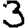
Digit: 3